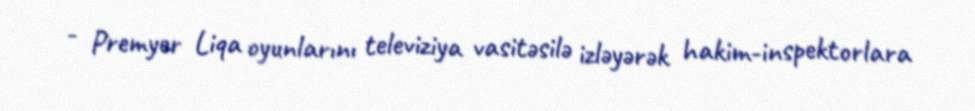
- Premyer Liqa oyunlarını televiziya vasitəsilə izləyərək hakim-inspektorlara